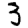
Digit: 3